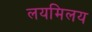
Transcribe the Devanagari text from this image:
लयमिलय